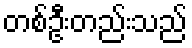
တစ်ဦးတည်းသည်